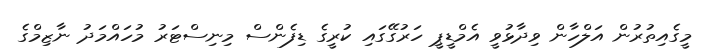
މީގެއިތުރުން އަލްހާން ވިދާޅުވީ އެމްޑީޕީ ހަރުގޭގައި ކުރީގެ ޑިފެންސް މިނިސްޓަރު މުހައްމަދު ނާޒިމްގެ